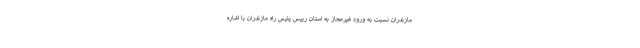
مازندران نسبت به ورود غیرمجاز به استان رییس پلیس راه مازندران با اشاره